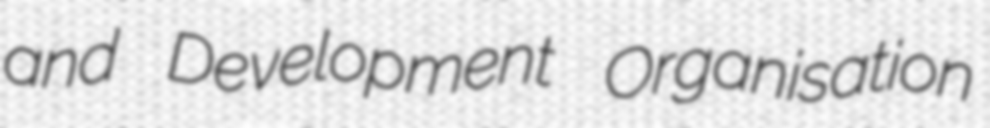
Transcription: and Development Organisation